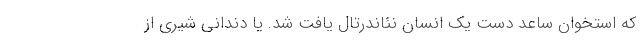
که استخوان ساعد دست یک انسان نئاندرتال یافت شد. یا دندانی شیری از